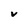
Character: v